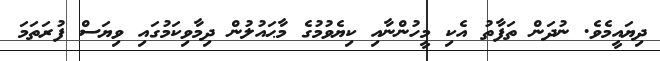
ދިޔައީމެވެ. ނުދަން ތަފާތު އެކި މީހުންނާއި ކިޔެވުމުގެ މާޙައުލުން ދިމާވިކަމުގައި ވިޔަސް ފުރަތަމަ